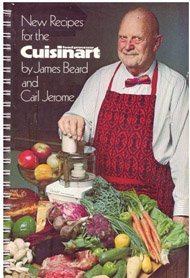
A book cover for Recipes for the Cuisinart: Food Processor; James Beard; Cookbooks, Food & Wine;